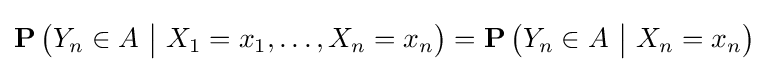
\operatorname {\mathbf {P} } {\bigl (}Y_{n}\in A\ {\bigl |}\ X_{1}=x_{1},\ldots ,X_{n}=x_{n}{\bigr )}=\operatorname {\mathbf {P} } {\bigl (}Y_{n}\in A\ {\bigl |}\ X_{n}=x_{n}{\bigr )}